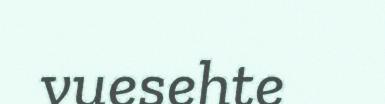
vuesehte